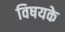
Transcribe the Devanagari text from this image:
विषयके